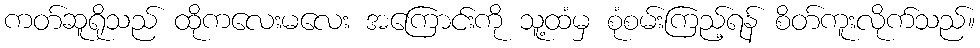
ကတ်ဆူရိုသည် ထိုကလေးမလေး အကြောင်းကို သူ့ထံမှ စုံစမ်းကြည့်ရန် စိတ်ကူးလိုက်သည်။